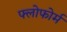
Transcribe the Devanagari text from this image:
फ्लोफोर्म